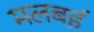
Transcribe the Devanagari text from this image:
मलबई